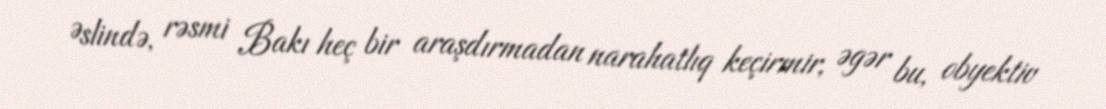
Əslində, rəsmi Bakı heç bir araşdırmadan narahatlıq keçirmir, əgər bu, obyektiv